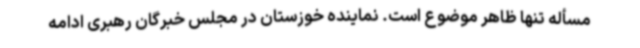
مسأله تنها ظاهر موضوع است. نماینده خوزستان در مجلس خبرگان رهبری ادامه